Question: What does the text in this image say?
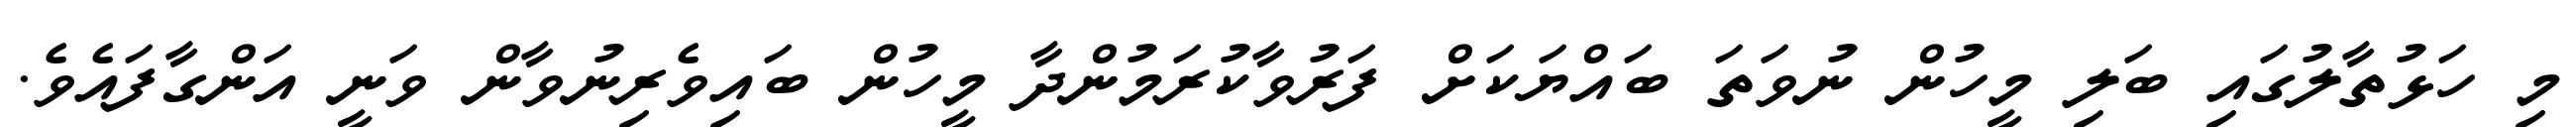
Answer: މި ހަޅުތާލުގައި ބަލި މީހުން ނުވަތަ ބައްޔަކަށް ފަރުވާކުރަމުންދާ މީހުން ބައިވެރިނުވާން ވަނީ އަންގާފައެވެ.